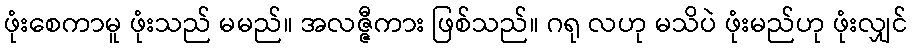
ဖုံးစေကာမူ ဖုံးသည် မမည်။ အလဇ္ဇီကား ဖြစ်သည်။ ဂရု လဟု မသိပဲ ဖုံးမည်ဟု ဖုံးလျှင်